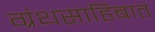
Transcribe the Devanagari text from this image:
ग्रंथसाहिबात